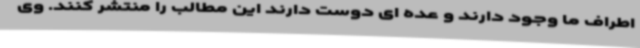
اطراف ما وجود دارند و عده ای دوست دارند این مطالب را منتشر کنند. وی